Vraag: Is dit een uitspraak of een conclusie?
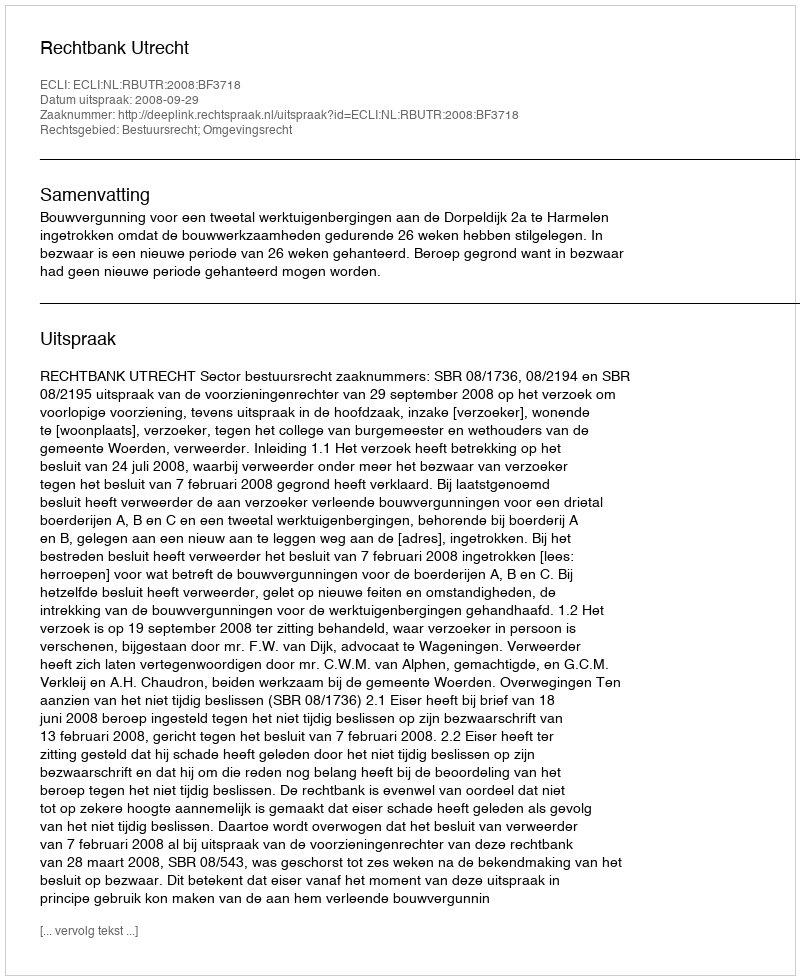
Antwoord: Uitspraak